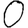
Digit: 0